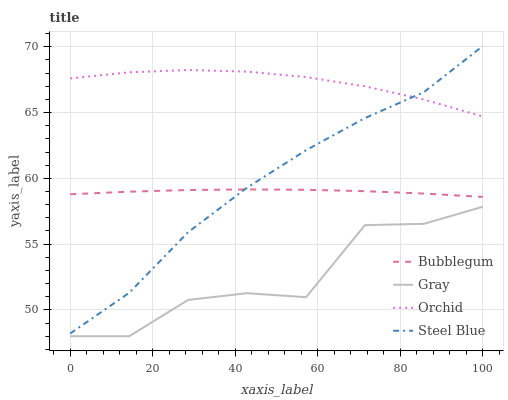
| xaxis_label | Bubblegum | Gray | Orchid | Steel Blue |
 | --- | --- | --- | --- | --- |
 | 0 | 58.8 | 48 | 67.6 | 48.2 |
 | 14.3 | 59 | 48 | 68.1 | 51.3 |
 | 28.6 | 59.1 | 50.8 | 68.2 | 55.9 |
 | 42.9 | 59.2 | 51.3 | 68.1 | 59.3 |
 | 57.1 | 59.1 | 51 | 67.7 | 62.1 |
 | 71.4 | 59 | 56.4 | 67 | 64.6 |
 | 85.7 | 58.8 | 56.5 | 66 | 66.5 |
 | 100 | 58.6 | 57.8 | 64.7 | 70.1 |